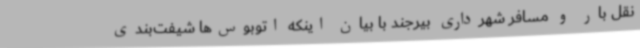
نقل بار و مسافر شهرداری بیرجند با بیان اینکه اتوبوس‌ها شیفت‌بندی